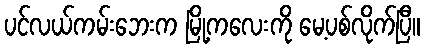
ပင်လယ်ကမ်းဘေးက မြို့ကလေးကို မေ့ပစ်လိုက်ပြီ။